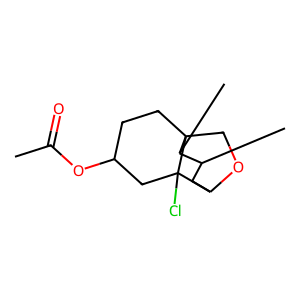
SMILES: CC(=O)OC1CCC23COC(CC(C)C2C)C3(Cl)C1
Inhibits HIV replication: No